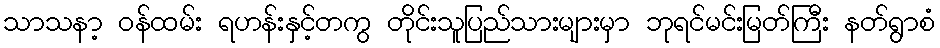
သာသနာ့ ဝန်ထမ်း ရဟန်းနှင့်တကွ တိုင်းသူပြည်သားများမှာ ဘုရင်မင်းမြတ်ကြီး နတ်ရွာစံ